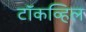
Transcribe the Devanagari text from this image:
टॉकव्हिल